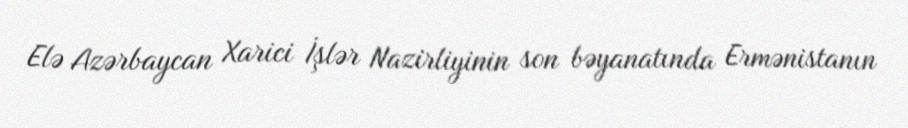
Elə Azərbaycan Xarici İşlər Nazirliyinin son bəyanatında Ermənistanın